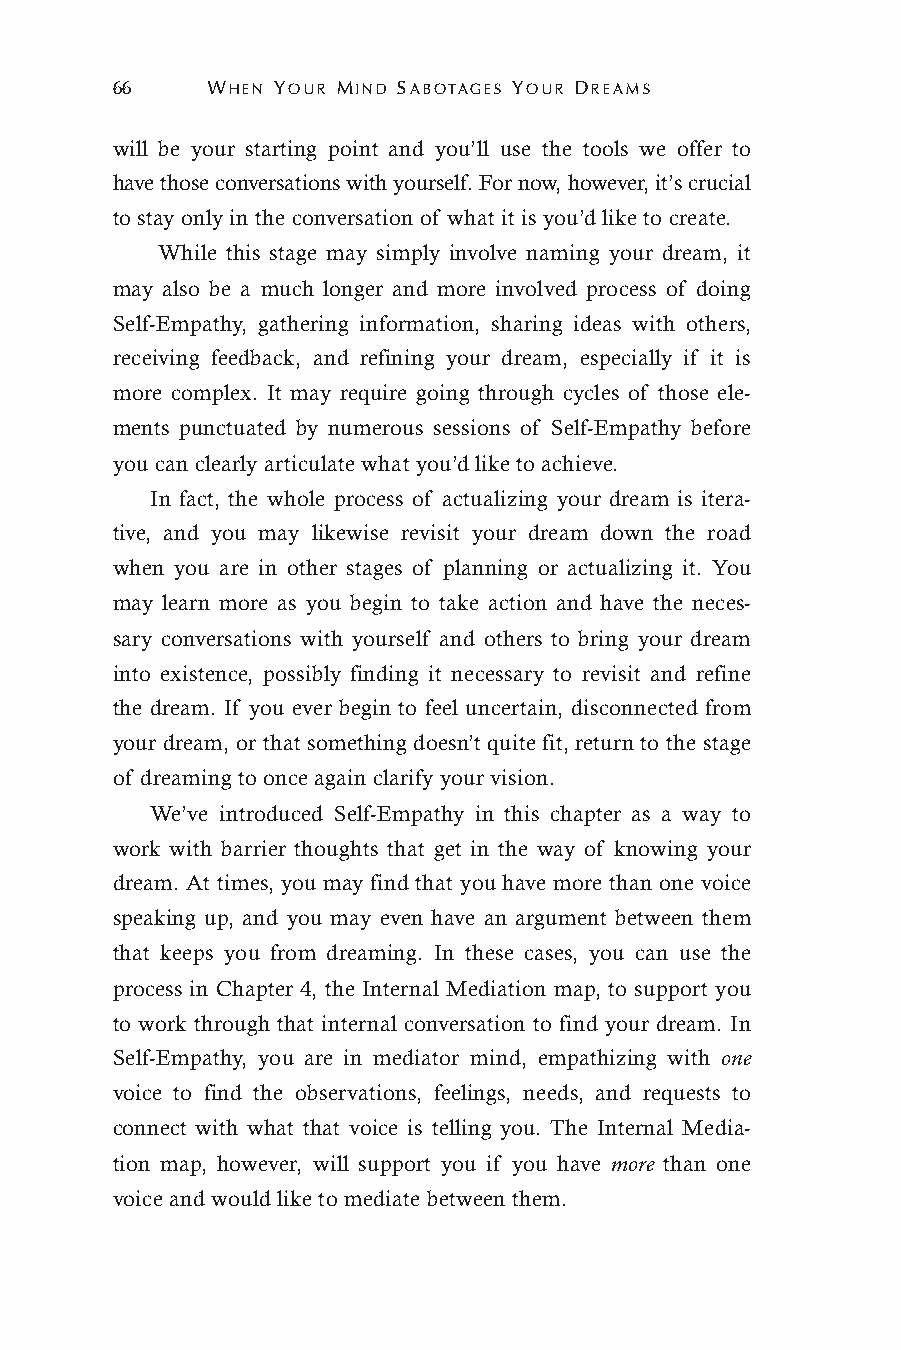
66     WHEN YOUR MIND SABOTAGES YOUR DREAMS
 will be your starting point and you’ll use the tools we offer to
 have those conversations with yourself. For now, however, it’s crucial
 to stay only in the conversation of what it is you’d like to create.
 While this stage may simply involve naming your dream, it
 may also be a much longer and more involved process of doing
 Self-Empathy, gathering information, sharing ideas with others,
 receiving feedback, and refining your dream, especially if it is
 more complex. It may require going through cycles of those ele-
 ments punctuated by numerous sessions of Self-Empathy before
 you can clearly articulate what you’d like to achieve.
 In fact, the whole process of actualizing your dream is itera-
 tive, and you may likewise revisit your dream down the road
 when you are in other stages of planning or actualizing it. You
 may learn more as you begin to take action and have the neces-
 sary conversations with yourself and others to bring your dream
 into existence, possibly finding it necessary to revisit and refine
 the dream. If you ever begin to feel uncertain, disconnected from
 your dream, or that something doesn’t quite fit, return to the stage
 of dreaming to once again clarify your vision.
 We’ve introduced Self-Empathy in this chapter as a way to
 work with barrier thoughts that get in the way of knowing your
 dream. At times, you may find that you have more than one voice
 speaking up, and you may even have an argument between them
 that keeps you from dreaming. In these cases, you can use the
 process in Chapter 4, the Internal Mediation map, to support you
 to work through that internal conversation to find your dream. In
 Self-Empathy, you are in mediator mind, empathizing with one
 voice to find the observations, feelings, needs, and requests to
 connect with what that voice is telling you. The Internal Media-
 tion map, however, will support you if you have more than one
 voice and would like to mediate between them.